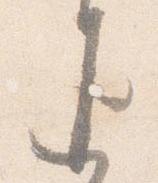
返